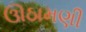
ઊઠામણી